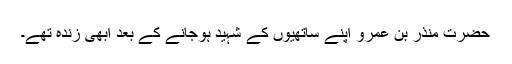
حضرت منذر بن عمروؓ اپنے ساتھیوں کے شہید ہوجانے کے بعد ابھی زندہ تھے۔